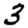
Digit: 3